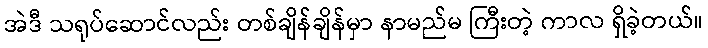
အဲဒီ သရုပ်ဆောင်လည်း တစ်ချိန်ချိန်မှာ နာမည်မ ကြီးတဲ့ ကာလ ရှိခဲ့တယ်။